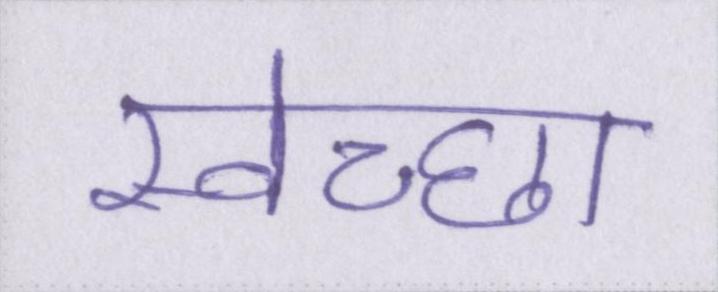
स्वेच्छा